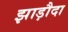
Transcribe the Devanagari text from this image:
झाड़ौदा